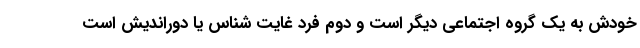
خودش به یک گروه اجتماعی دیگر است و دوم فرد غایت شناس یا دوراندیش است